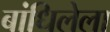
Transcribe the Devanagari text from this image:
बांधिलेला